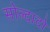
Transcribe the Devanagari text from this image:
सोल्दादो